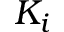
K _ { i }